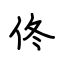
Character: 佟